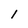
Character: 1